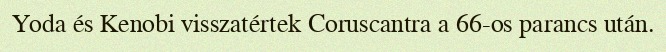
Yoda és Kenobi visszatértek Coruscantra a 66-os parancs után.